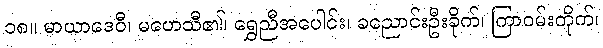
၁၈။ မာယာဒေဝီ၊ မဟေသီ၏၊ ရွှေညီအပေါင်း၊ ခညောင်းဦးခိုက်၊ ကြာဝမ်းတိုက်၊